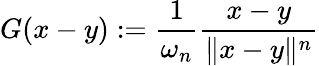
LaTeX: G(x-y):={\frac{1}{\omega_{n}}}{\frac{x-y}{\| x-y\| ^{n}}}